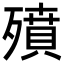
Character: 㱵